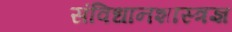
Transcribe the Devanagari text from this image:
संविधानशास्त्रज्ञ